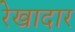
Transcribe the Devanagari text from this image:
रेखादार